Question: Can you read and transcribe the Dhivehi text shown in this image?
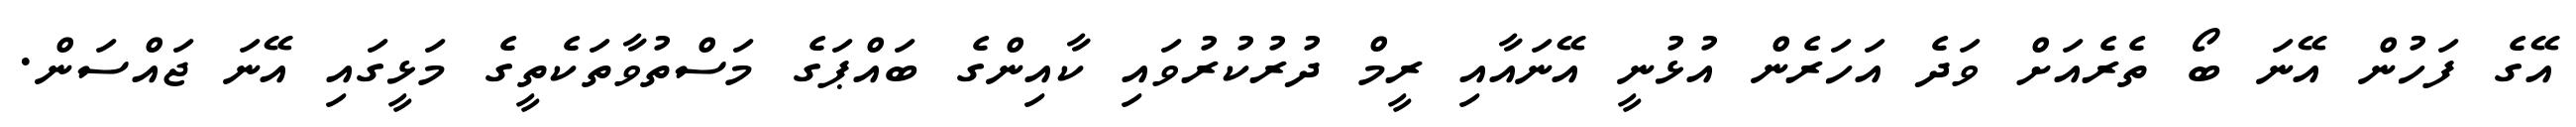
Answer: އޭގެ ފަހުން އޭނަ ބޯ ތެރެއަށް ވަދެ އަހަރެން އުޅުނީ އޭނައާއި ރީމް ދުރުކުރުވައި ކާއިންގެ ބައްޕަގެ މަސްތުވާތަކެތީގެ މަޅީގައި އޭނަ ޖައްސަން.